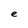
Character: e